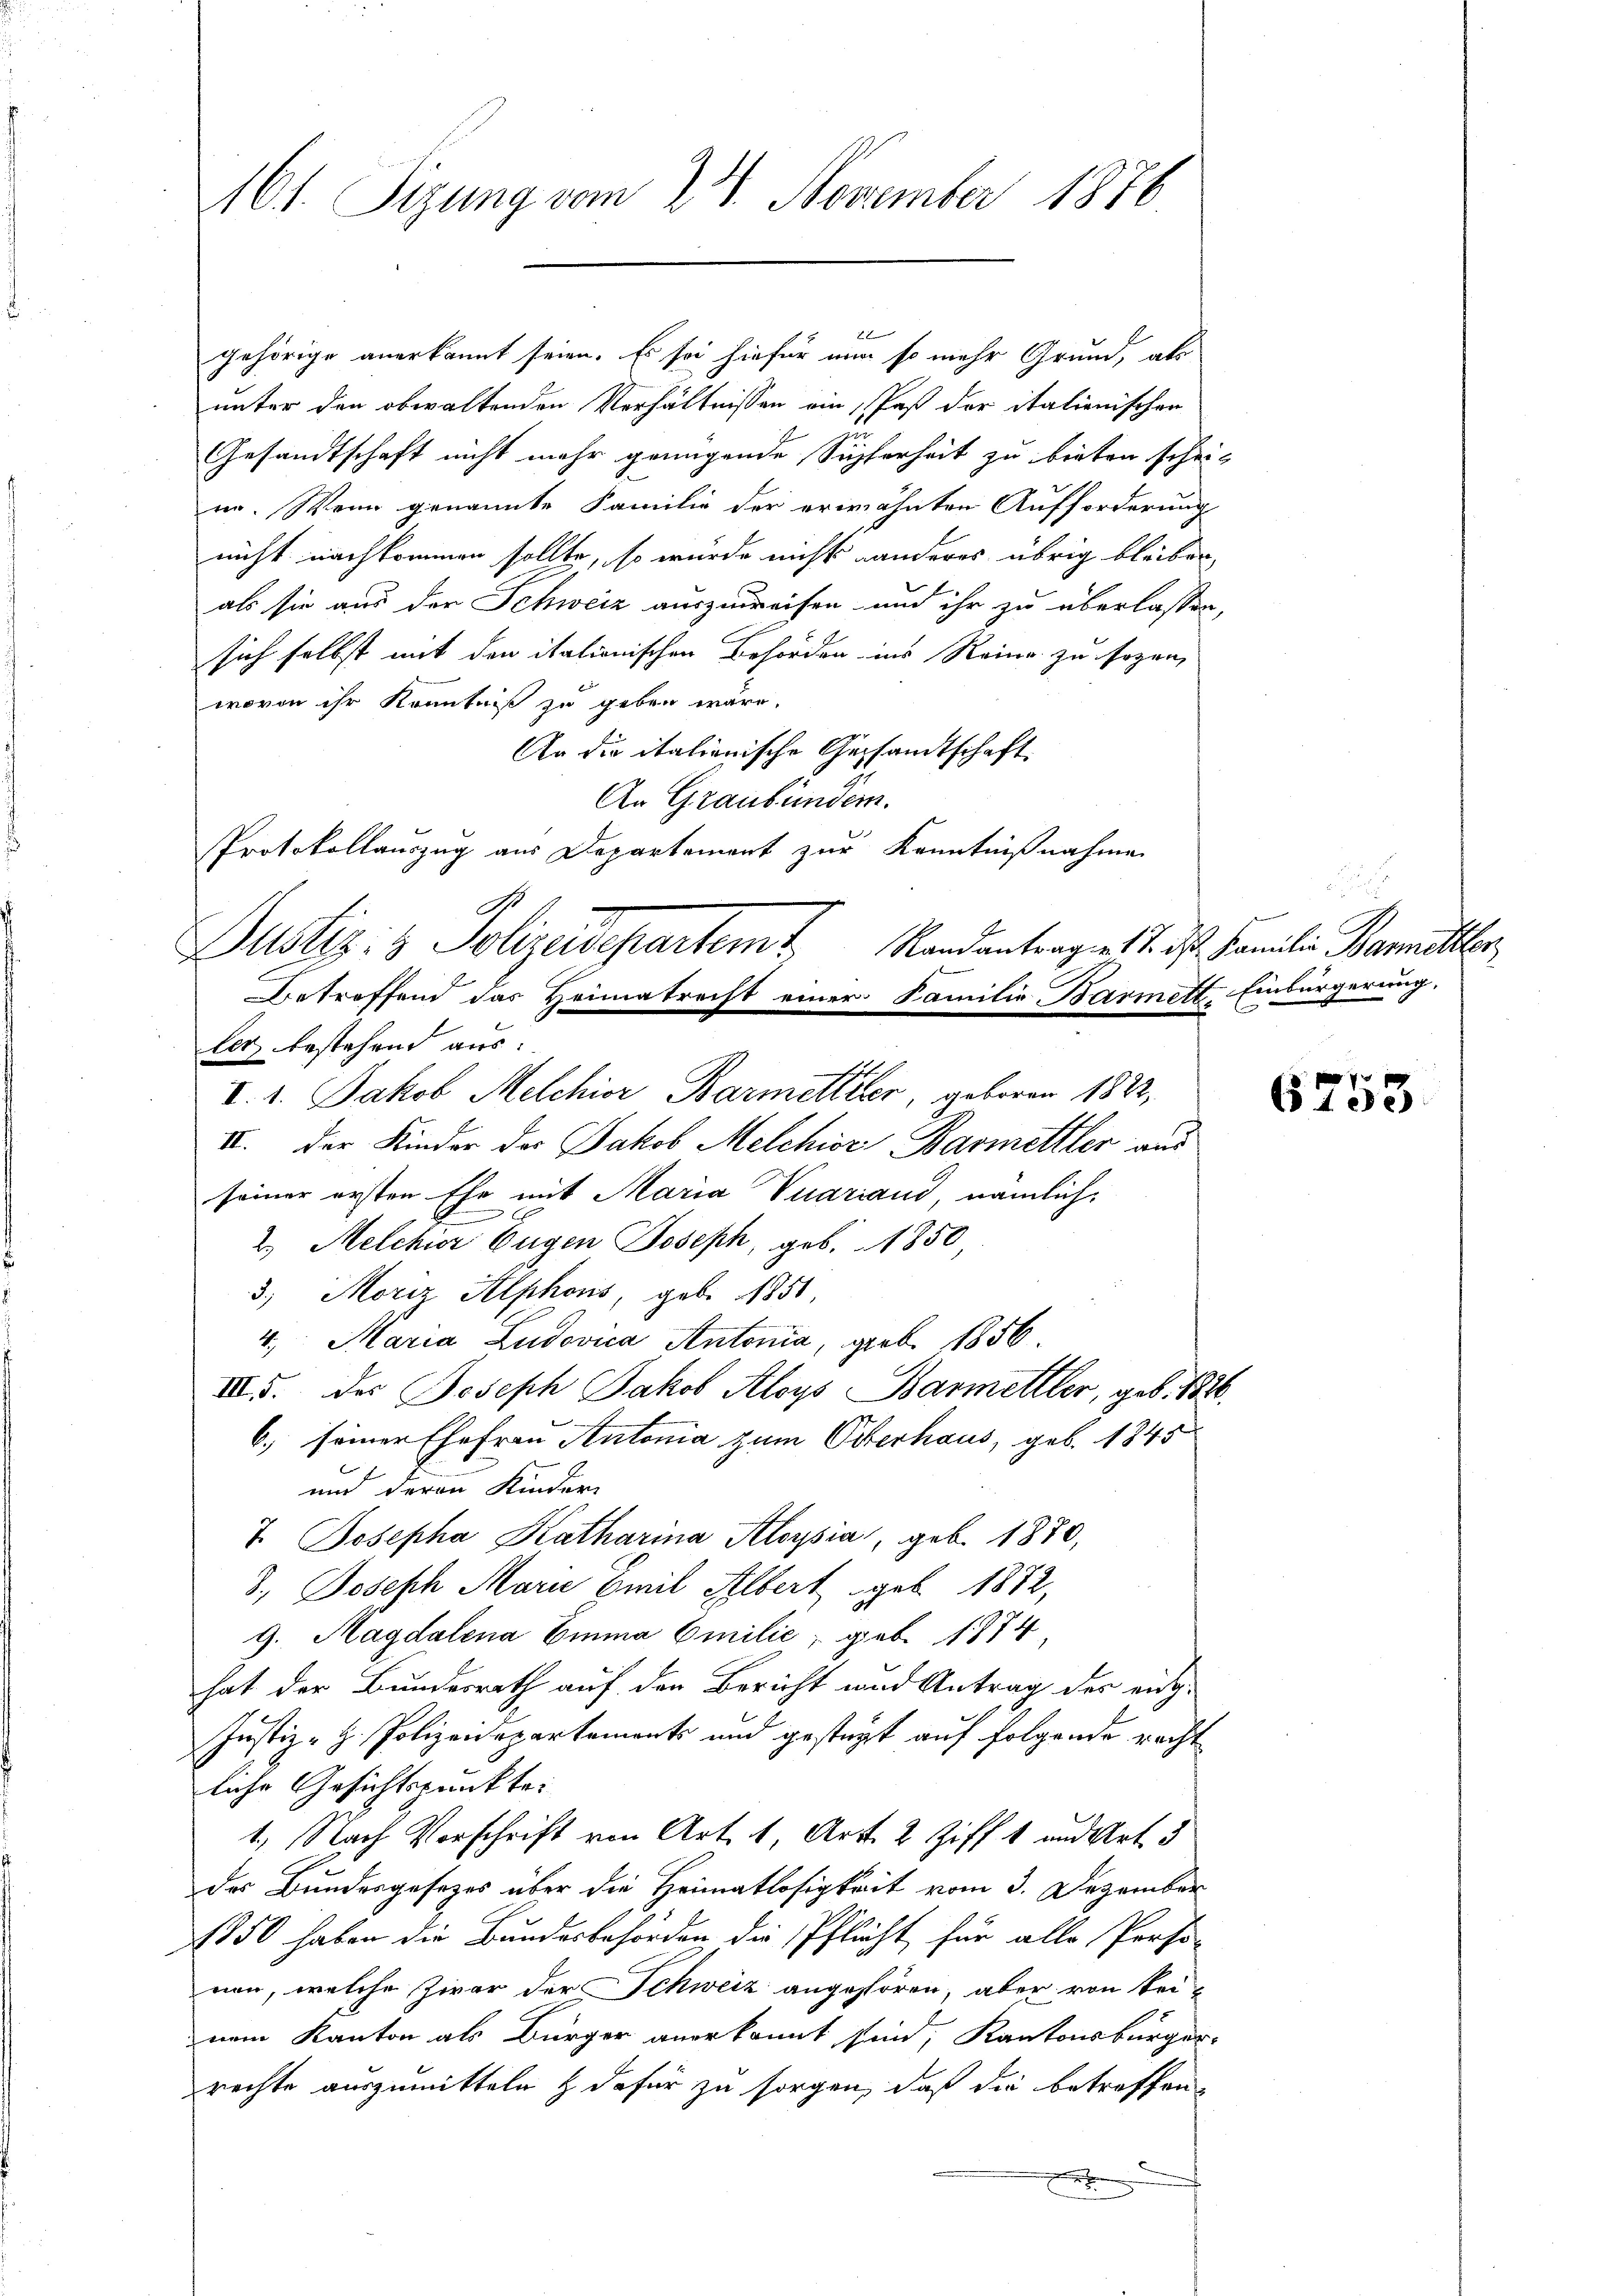
161. Sizung vom 28. November 1876

gehörige anerkannt seien. Es sei hiefür nun so mehr Grund, als
unter den obwaltenden Verhältnissen ein Past der italienischen
Gesandtschaft nicht mehr genügende Supferheit zu bieten scheinn. Wenn genannte Familie der erwähnten Aufforderung
nicht nachkommen sollte, so würde nicht anderes übrig bleiben
als sie aus der Schweiz auszuweisen und ihr zu überlassen,
sich selbst mit den italionischen Behörden ins Reine zu sogen,
wovon ihr Kenntniß zu geben wäre.
An die italienische Gesandtschaft
An Graubünden.
Protokollauszug aus Departement zur Kenntnißnahme
Justiz- & Polyedepartamt
Randantrag 17. des Familie Barmittler
Betreffend das Heimatrecht einer Familie Barmett, Einbürgerung,
ler bestehend aus:
III. Der Kinder das Jakob Melchior Barmettler aus
seiner ersten Ehe mit Maria Vuariand, nämlich,
2.) Melchior Eugen Joseph, geb. 1850
3.) Moriz Alphons, geb. 1851.
4. Maria Ludovica Antonia, geb. 1856.
III. des Joseph Jakob Aloys Barmettler, geb. 1846.
6. seiner Ehefrau Antonia zum Oberhaus, geb. 1845
und deren Kinder
T. Josepha Katharina Aloysia, geb. 1870,
3. Joseph Marie Emil Albert geb. 1882,
9. Magdalena Emma Emilić, geb. 1874
hat der Bundesrath auf den Bericht und Antrag der eig¬
Justiz - H. Polizeidepartements und gestüzt auf folgende recht
liche Gesichtspunkte:
1., Nach Vorschrift von Art. 1, Art. 2 Ziff. 1 und Art. 3
des Bundesgesezes über die Heimatlosigkeit vom 3. Dezember
1850 haben die Bundesbehörden die Pflicht für alle Perso-
nen, welche Zwar der Schweiz angestören, aber von keinem Kanton als Bürger anerkannt sind, Kantonsbürger-
rechte auszumitteln & dafür zu sorgen, daß die betreffen

V. 1. Jakob Melchior Barmettler, geboren 1822,

.

6753